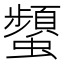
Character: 𧔪